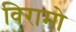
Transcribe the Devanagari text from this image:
विरामो